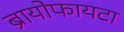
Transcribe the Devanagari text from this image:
ब्रायोफायटा